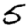
Digit: 5